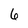
Character: 6